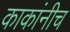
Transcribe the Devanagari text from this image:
काकांनीच